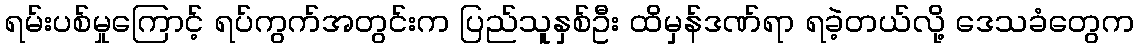
ရမ်းပစ်မှုကြောင့် ရပ်ကွက်အတွင်းက ပြည်သူနှစ်ဦး ထိမှန်ဒဏ်ရာ ရခဲ့တယ်လို့ ဒေသခံတွေက